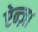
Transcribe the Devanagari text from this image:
ऐन्ज़ा